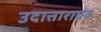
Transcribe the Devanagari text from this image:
उदात्ताराघव